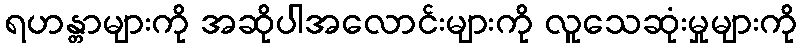
ရဟန္တာများကို အဆိုပါအလောင်းများကို လူသေဆုံးမှုများကို